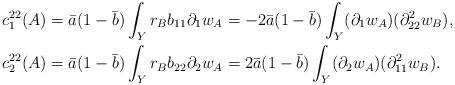
LaTeX: \begin{align*}c_1^{22}(A) &= \bar{a}(1-\bar{b}) \int_Y r_B b_{11}\partial_1 w_A = -2\bar{a}(1-\bar{b}) \int_Y (\partial_1 w_A)(\partial_{22}^2 w_B),\\c_2^{22}(A) &= \bar{a}(1-\bar{b}) \int_Y r_B b_{22}\partial_2 w_A = 2\bar{a}(1-\bar{b}) \int_Y (\partial_2 w_A)(\partial_{11}^2 w_B).\end{align*}